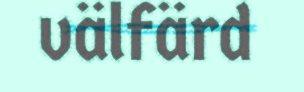
välfärd